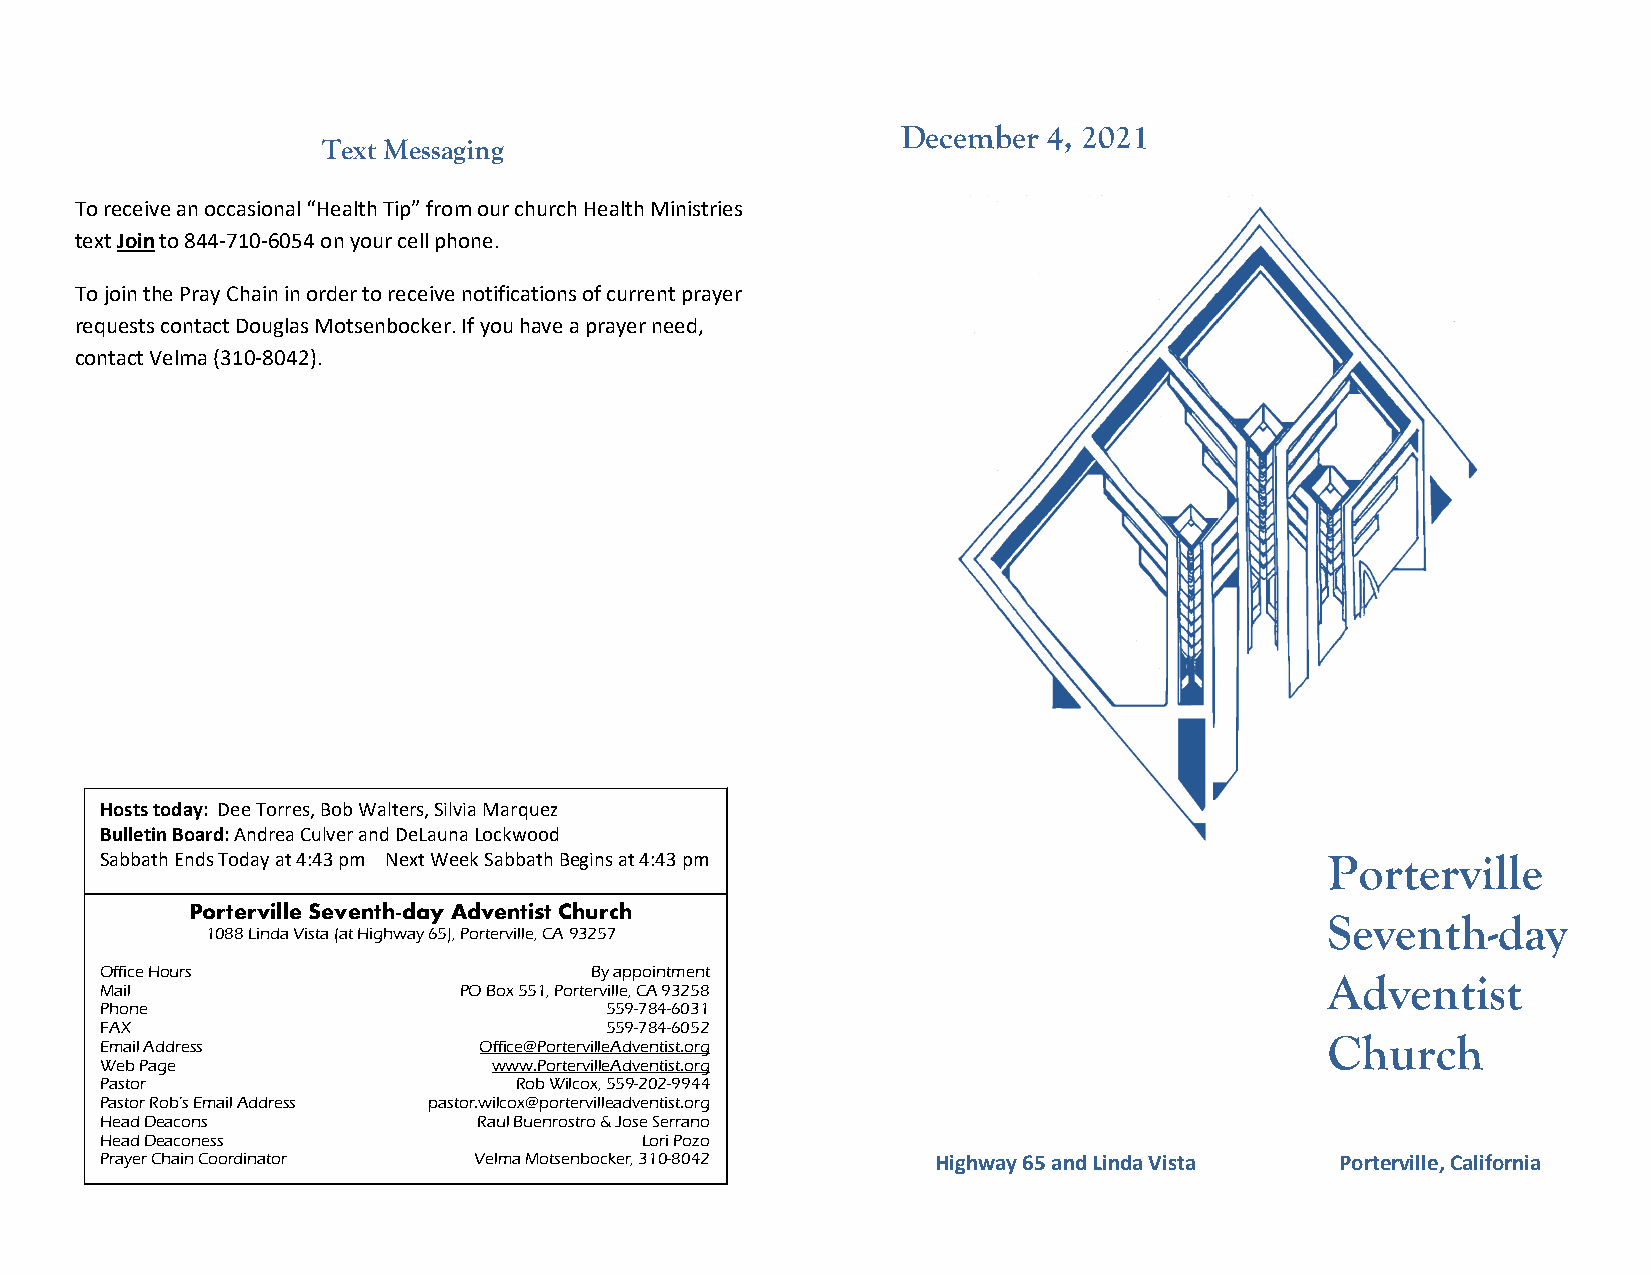
December 4, 2021
 Text Messaging
 To receive an occasional “Health Tip” from our church Health Ministries
 text Join to 844-710-6054 on your cell phone.
 To join the Pray Chain in order to receive notifications of current prayer
 requests contact Douglas Motsenbocker. If you have a prayer need,
 contact Velma (310-8042).
 Hosts today: Dee Torres, Bob Walters, Silvia Marquez
 Bulletin Board: Andrea Culver and DeLauna Lockwood
 Sabbath Ends Today at 4:43 pm Next Week Sabbath Begins at 4:43 pm                Porterville
 Porterville Seventh-day Adventist Church
 Seventh-day
 1088 Linda Vista (at Highway 65), Porterville, CA 93257
 Office Hours                    By appointment                                   Adventist
 Mail                   PO Box 551, Porterville, CA 93258
 Phone                            559-784-6031
 FAX                              559-784-6052
 Church
 Email Address            Office@PortervilleAdventist.org
 Web Page                  www.PortervilleAdventist.org
 Pastor                     Rob Wilcox, 559-202-9944
 Pastor Rob’s Email Address pastor.wilcox@portervilleadventist.org
 Head Deacons             Raul Buenrostro & Jose Serrano
 Head Deaconess                     Lori Pozo
 Prayer Chain Coordinator Velma Motsenbocker, 310-8042  Highway 65 and Linda Vista Porterville, California